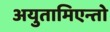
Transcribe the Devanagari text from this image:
अयुतामिएन्तो